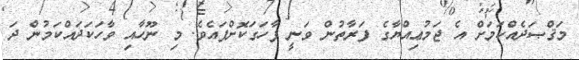
މަޤްޞަދެއްކަމަށް އެ ޖަމުޢިއްޔާގެ ފަރާތުން ވަނީ ފާހަގަކޮށްފައެވެ. މި ނޫހާއި ވާހަކަދައްކަމުން ދަ